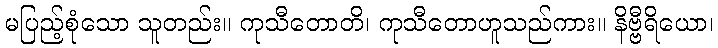
မပြည့်စုံသော သူတည်း။ ကုသီတောတိ၊ ကုသီတောဟူသည်ကား။ နိဗ္ဗီရိယော၊